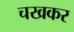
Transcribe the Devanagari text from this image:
चखकर